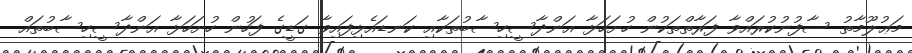
މަޢުލޫމާތު ސާފުނުކުރައްވާ ފަރާތްތަކުން ހުށަހަޅާ އަންދާސީހިސާބުތަކާއި ކަނޑައެޅިފައިވާ ގަޑީގެ ފަހުން ހުށަހަޅާ އަންދާސީހިސާބުތައް